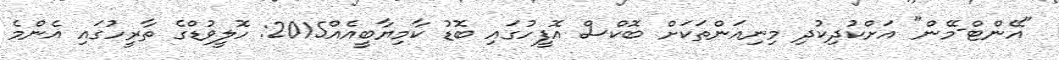
"އޭންޓް-މޭން" އަށްކުދިކުދި މިނިއަންތަކަށް ބޮކްސް އޮފީހުގައި ބޮޑު ކާމިޔާބީއެއް2015: ހޮލީވުޑްގެ ތާރީހުގައި އެންމެ